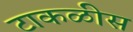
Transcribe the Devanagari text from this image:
टाकळीस